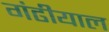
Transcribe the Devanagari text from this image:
गंढीयाल